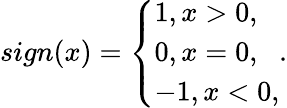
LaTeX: sign(x)=\left\{ \begin{array}{ll}{1,x>0,}\\ {0,x=0,}\\ {-1,x<0,}\end{array}\right..